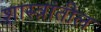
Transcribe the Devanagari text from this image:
शास्त्रांतील